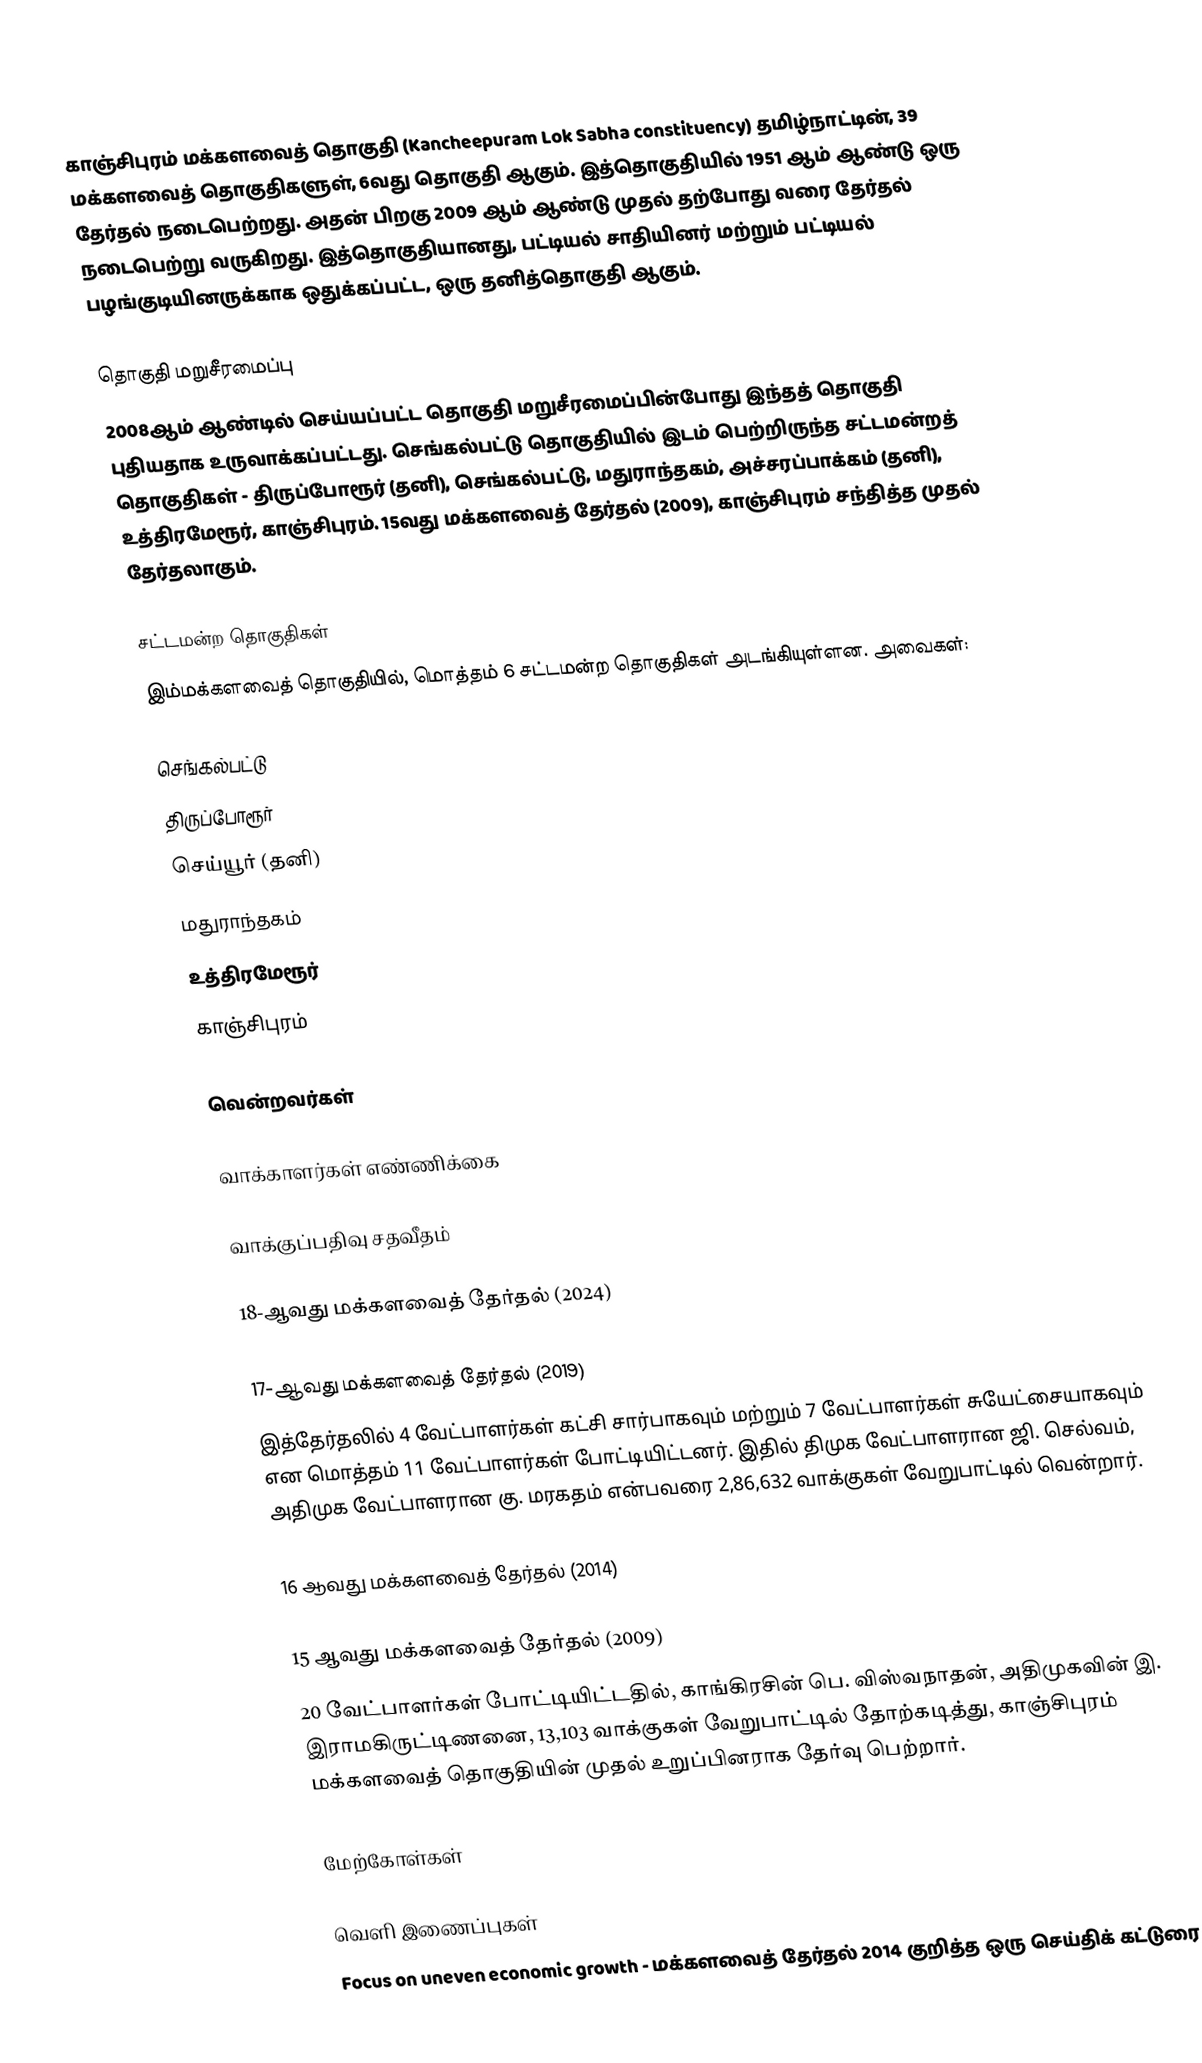
காஞ்சிபுரம் மக்களவைத் தொகுதி (Kancheepuram Lok Sabha constituency) தமிழ்நாட்டின், 39 மக்களவைத் தொகுதிகளுள், 6வது தொகுதி ஆகும். இத்தொகுதியில் 1951 ஆம் ஆண்டு ஒரு தேர்தல் நடைபெற்றது. அதன் பிறகு 2009 ஆம் ஆண்டு முதல் தற்போது வரை தேர்தல் நடைபெற்று வருகிறது. இத்தொகுதியானது, பட்டியல் சாதியினர் மற்றும் பட்டியல் பழங்குடியினருக்காக ஒதுக்கப்பட்ட, ஒரு தனித்தொகுதி ஆகும்.

தொகுதி மறுசீரமைப்பு
2008ஆம் ஆண்டில் செய்யப்பட்ட தொகுதி மறுசீரமைப்பின்போது இந்தத் தொகுதி புதியதாக உருவாக்கப்பட்டது. செங்கல்பட்டு தொகுதியில் இடம் பெற்றிருந்த சட்டமன்றத் தொகுதிகள் - திருப்போரூர் (தனி), செங்கல்பட்டு, மதுராந்தகம், அச்சரப்பாக்கம் (தனி), உத்திரமேரூர், காஞ்சிபுரம். 15வது மக்களவைத் தேர்தல் (2009), காஞ்சிபுரம் சந்தித்த முதல் தேர்தலாகும்.

சட்டமன்ற தொகுதிகள்
இம்மக்களவைத் தொகுதியில், மொத்தம் 6 சட்டமன்ற தொகுதிகள் அடங்கியுள்ளன. அவைகள்:

 செங்கல்பட்டு
 திருப்போரூர்
 செய்யூர் (தனி)
 மதுராந்தகம்
 உத்திரமேரூர்
 காஞ்சிபுரம்

வென்றவர்கள்

வாக்காளர்கள் எண்ணிக்கை

வாக்குப்பதிவு சதவீதம்

18-ஆவது மக்களவைத் தேர்தல் (2024)

17-ஆவது மக்களவைத் தேர்தல் (2019)
இத்தேர்தலில் 4 வேட்பாளர்கள் கட்சி சார்பாகவும் மற்றும் 7 வேட்பாளர்கள் சுயேட்சையாகவும் என மொத்தம் 11 வேட்பாளர்கள் போட்டியிட்டனர். இதில் திமுக வேட்பாளரான ஜி. செல்வம், அதிமுக வேட்பாளரான கு. மரகதம் என்பவரை 2,86,632 வாக்குகள் வேறுபாட்டில் வென்றார்.

16 ஆவது மக்களவைத் தேர்தல் (2014)

15 ஆவது மக்களவைத் தேர்தல் (2009)
20 வேட்பாளர்கள் போட்டியிட்டதில், காங்கிரசின் பெ. விஸ்வநாதன், அதிமுகவின் இ. இராமகிருட்டிணனை, 13,103 வாக்குகள் வேறுபாட்டில் தோற்கடித்து, காஞ்சிபுரம் மக்களவைத் தொகுதியின் முதல் உறுப்பினராக தேர்வு பெற்றார்.

மேற்கோள்கள்

வெளி இணைப்புகள்
 Focus on uneven economic growth  - மக்களவைத் தேர்தல் 2014 குறித்த ஒரு செய்திக் கட்டுரை